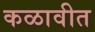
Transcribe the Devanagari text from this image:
कळावीत